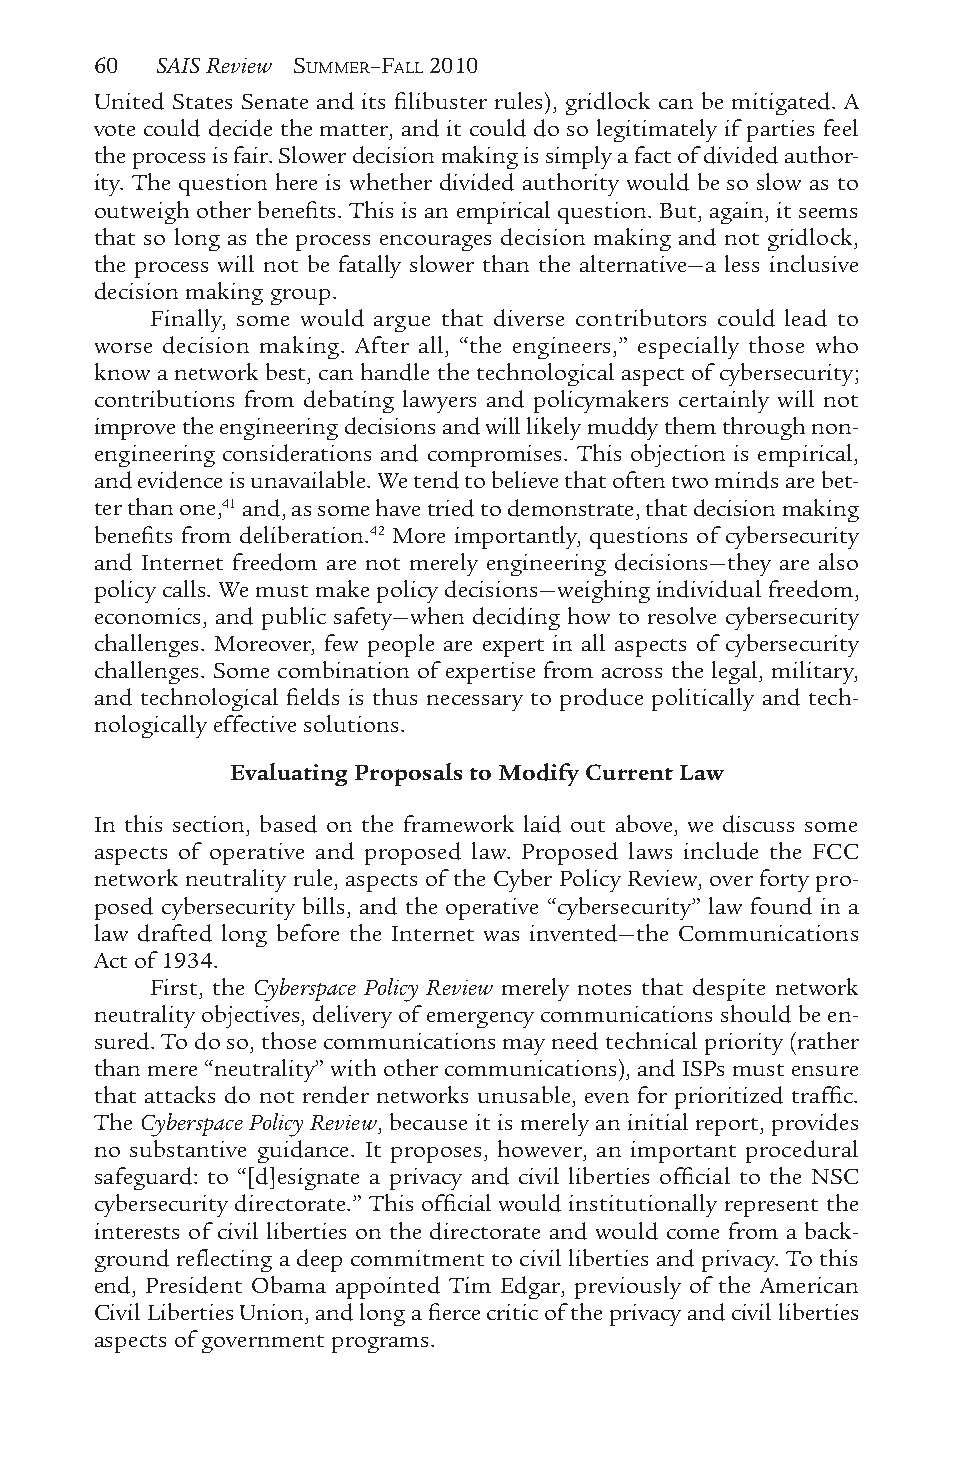
60  SAIS Review SUMMER–FALL 2010
 United States Senate and its filibuster rules), gridlock can be mitigated. A
 vote could decide the matter, and it could do so legitimately if parties feel
 the process is fair. Slower decision making is simply a fact of divided author-
 ity. The question here is whether divided authority would be so slow as to
 outweigh other benefits. This is an empirical question. But, again, it seems
 that so long as the process encourages decision making and not gridlock,
 the process will not be fatally slower than the alternative—a less inclusive
 decision making group.
 Finally, some would argue that diverse contributors could lead to
 worse decision making. After all, “the engineers,” especially those who
 know a network best, can handle the technological aspect of cybersecurity;
 contributions from debating lawyers and policymakers certainly will not
 improve the engineering decisions and will likely muddy them through non-
 engineering considerations and compromises. This objection is empirical,
 and evidence is unavailable. We tend to believe that often two minds are bet-
 ter than one,41 and, as some have tried to demonstrate, that decision making
 benefits from deliberation.42 More importantly, questions of cybersecurity
 and Internet freedom are not merely engineering decisions—they are also
 policy calls. We must make policy decisions—weighing individual freedom,
 economics, and public safety—when deciding how to resolve cybersecurity
 challenges. Moreover, few people are expert in all aspects of cybersecurity
 challenges. Some combination of expertise from across the legal, military,
 and technological fields is thus necessary to produce politically and tech-
 nologically effective solutions.
 Evaluating Proposals to Modify Current Law
 In this section, based on the framework laid out above, we discuss some
 aspects of operative and proposed law. Proposed laws include the FCC
 network neutrality rule, aspects of the Cyber Policy Review, over forty pro-
 posed cybersecurity bills, and the operative “cybersecurity” law found in a
 law drafted long before the Internet was invented—the Communications
 Act of 1934.
 First, the Cyberspace Policy Review merely notes that despite network
 neutrality objectives, delivery of emergency communications should be en-
 sured. To do so, those communications may need technical priority (rather
 than mere “neutrality” with other communications), and ISPs must ensure
 that attacks do not render networks unusable, even for prioritized traffic.
 The Cyberspace Policy Review, because it is merely an initial report, provides
 no substantive guidance. It proposes, however, an important procedural
 safeguard: to “[d]esignate a privacy and civil liberties official to the NSC
 cybersecurity directorate.” This official would institutionally represent the
 interests of civil liberties on the directorate and would come from a back-
 ground reflecting a deep commitment to civil liberties and privacy. To this
 end, President Obama appointed Tim Edgar, previously of the American
 Civil Liberties Union, and long a fierce critic of the privacy and civil liberties
 aspects of government programs.